Leaving Certificate Examination (including Day School Certificate (Higher) General paper), 1929
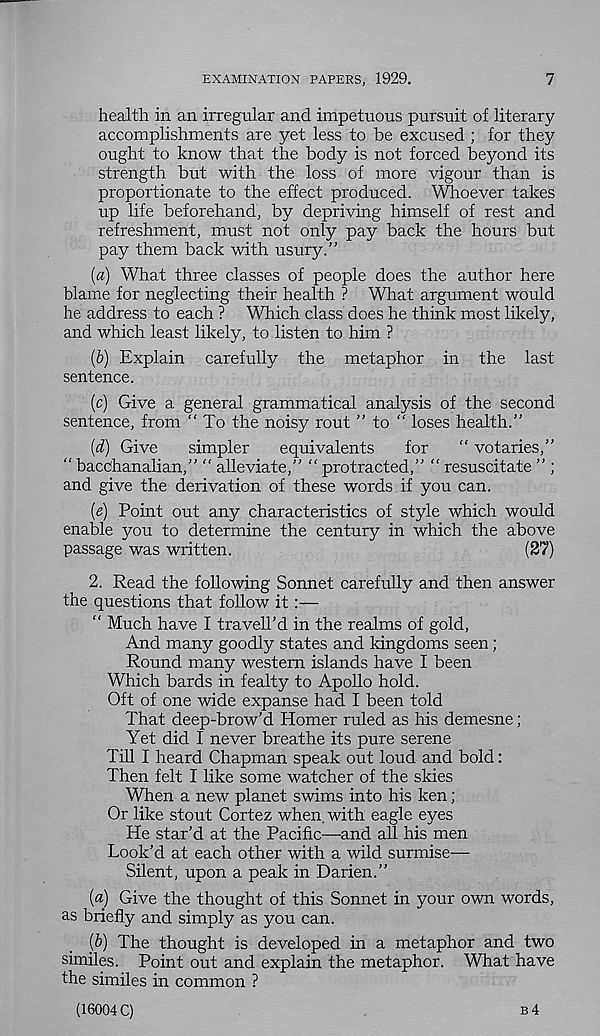
EXAMINATION PAPERS, 1929.
7
health in an irregular and impetuous pursuit of literary
accomplishments are yet less to be excused; for they
ought to know that the body is not forced beyond its
strength but with the loss of more vigour than is
proportionate to the effect produced. Whoever takes
up life beforehand, by depriving himself of rest and
refreshment, must not only pay back the hours but
pay them back with usury.”
(a) What three classes of people does the author here
blame for neglecting their health ? What argument would
he address to each ? Which class does he think most likely,
and which least likely, to listen to him ?
(b) Explain carefully the metaphor in the last
sentence.
(c) Give a general grammatical analysis of the second
sentence, from “To the noisy rout ” to “ loses health.”
(d) Give
simpler
equivalents
for
“ votaries,”
“ bacchanalian,” “ alleviate,” “ protracted,” “ resuscitate ” ;
and give the derivation of these words if you can.
(e) Point out any characteristics of style which would
enable you to determine the century in which the above
passage was written.
(27)
2. Read the following Sonnet carefully and then answer
the questions that follow it:—
“ Much have I traveil’d in the realms of gold,
And many goodly states and kingdoms seen;
Round many western islands have I been
Which bards in fealty to Apollo hold.
Oft of one wide expanse had I been told
That deep-brow’d Homer ruled as his demesne;
Yet did I never breathe its pure serene
Till I heard Chapman speak out loud and bold:
Then felt I like some watcher of the skies
When a new planet swims into his ken;
Or like stout Cortez when with eagle eyes
He star’d at the Pacific—and all his men
Look’d at each other with a wild surmise—
Silent, upon a peak in Darien.”
(a) Give the thought of this Sonnet in your own words,
as briefly and simply as you can.
{b) The thought is developed in a metaphor and two
similes. Point out and explain the metaphor. What have
the similes in common ?
(16004 C)
B 4